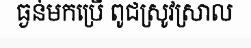
ធ្ងន់មកប្រើ ពូជស្រូវស្រាល